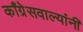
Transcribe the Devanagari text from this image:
काँग्रेसवाल्यांनी